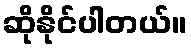
ဆိုနိုင်ပါတယ်။